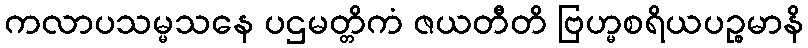
ကလာပသမ္မသနေ ပဌမတ္တိကံ ဇယတီတိ ဗြဟ္မစရိယပဉ္စမာနိ